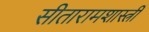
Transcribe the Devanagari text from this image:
सीतारामशास्त्रीं